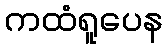
ကထံရူပေန